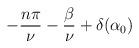
LaTeX: \begin{align*}-\frac{n\pi}{\nu}-\frac{\beta}{\nu}+\delta(\alpha_0)\end{align*}